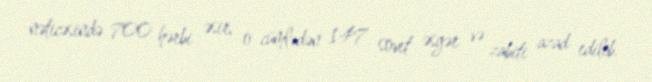
nəticəsində 700 hərbi əsir, o cümlədən 147 sovet əsgər və zabiti azad edilib.